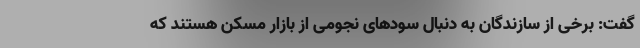
گفت: برخی از سازندگان به دنبال سودهای نجومی از بازار مسکن هستند که